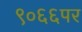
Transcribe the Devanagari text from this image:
९०६६पर